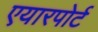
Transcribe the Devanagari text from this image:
एयारपोर्ट